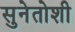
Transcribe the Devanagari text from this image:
सुनेतोशी